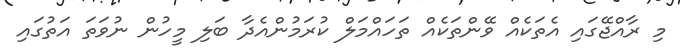
މި ރާއްޖޭގައި އެތަކެއް ވޭންތަކެއް ތަހައްމަލް ކުރަމުންއެދާ ބަލި މީހުން ނުވަތަ އަތުގައި